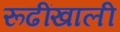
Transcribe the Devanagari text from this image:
रूढींखाली